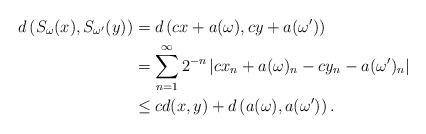
LaTeX: \begin{align*} d\left(S_\omega(x), S_{\omega^\prime}(y)\right) & = d\left(c x + a(\omega), c y+ a(\omega^\prime)\right) \\ & = \sum_{n=1}^\infty 2^{-n} \left|c x_n + a(\omega)_n - c y_n - a(\omega^\prime)_n\right| \\ & \leq c d(x, y) + d\left(a(\omega), a(\omega^\prime)\right).\end{align*}